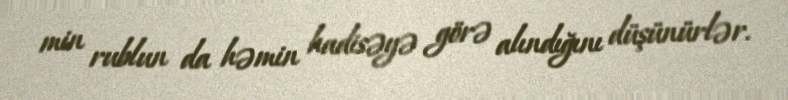
min rublun da həmin hadisəyə görə alındığını düşünürlər.